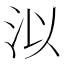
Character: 泤